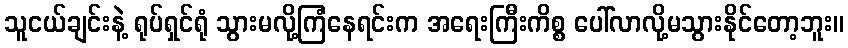
သူငယ်ချင်းနဲ့ ရုပ်ရှင်ရုံ သွားမလို့ကြံနေရင်းက အရေးကြီးကိစ္စ ပေါ်လာလို့မသွားနိုင်တော့ဘူး။